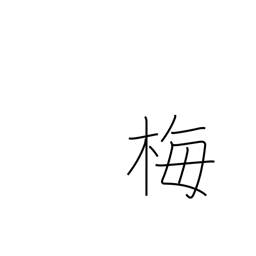
Meaning: plum